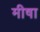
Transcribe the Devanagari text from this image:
मीषा